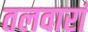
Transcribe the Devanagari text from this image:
तलवारां